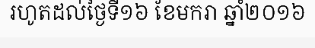
រហូតដល់ថ្ងៃទី១៦ ខែមករា ឆ្នាំ២០១៦